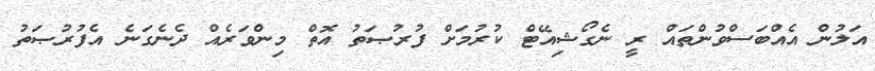
އަލުން އެއްބަސްވުންތައް ރީ ނެގޯޝިއޭޓް ކުރުމަށް ފުރުޞަތު އޮތް މިންވަރެއް ދެނެގަނެ އެފުރުޞަތު